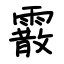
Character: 霰